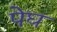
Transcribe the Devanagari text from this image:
पेघ